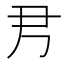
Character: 𡰧